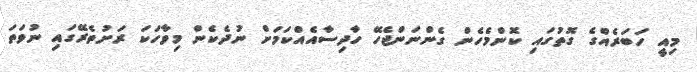
މިއީ ހަބަރެއްގެ ގޮތުގައި ކޮންމެހެން ގެންނަންޖެހޭ ހާދިސާއެއްކަމަށް ނުދެކެން މިވާހަކަ ރަށުތެރޭގައި ނުވަތަ